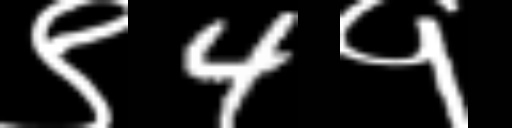
Text: ९4१